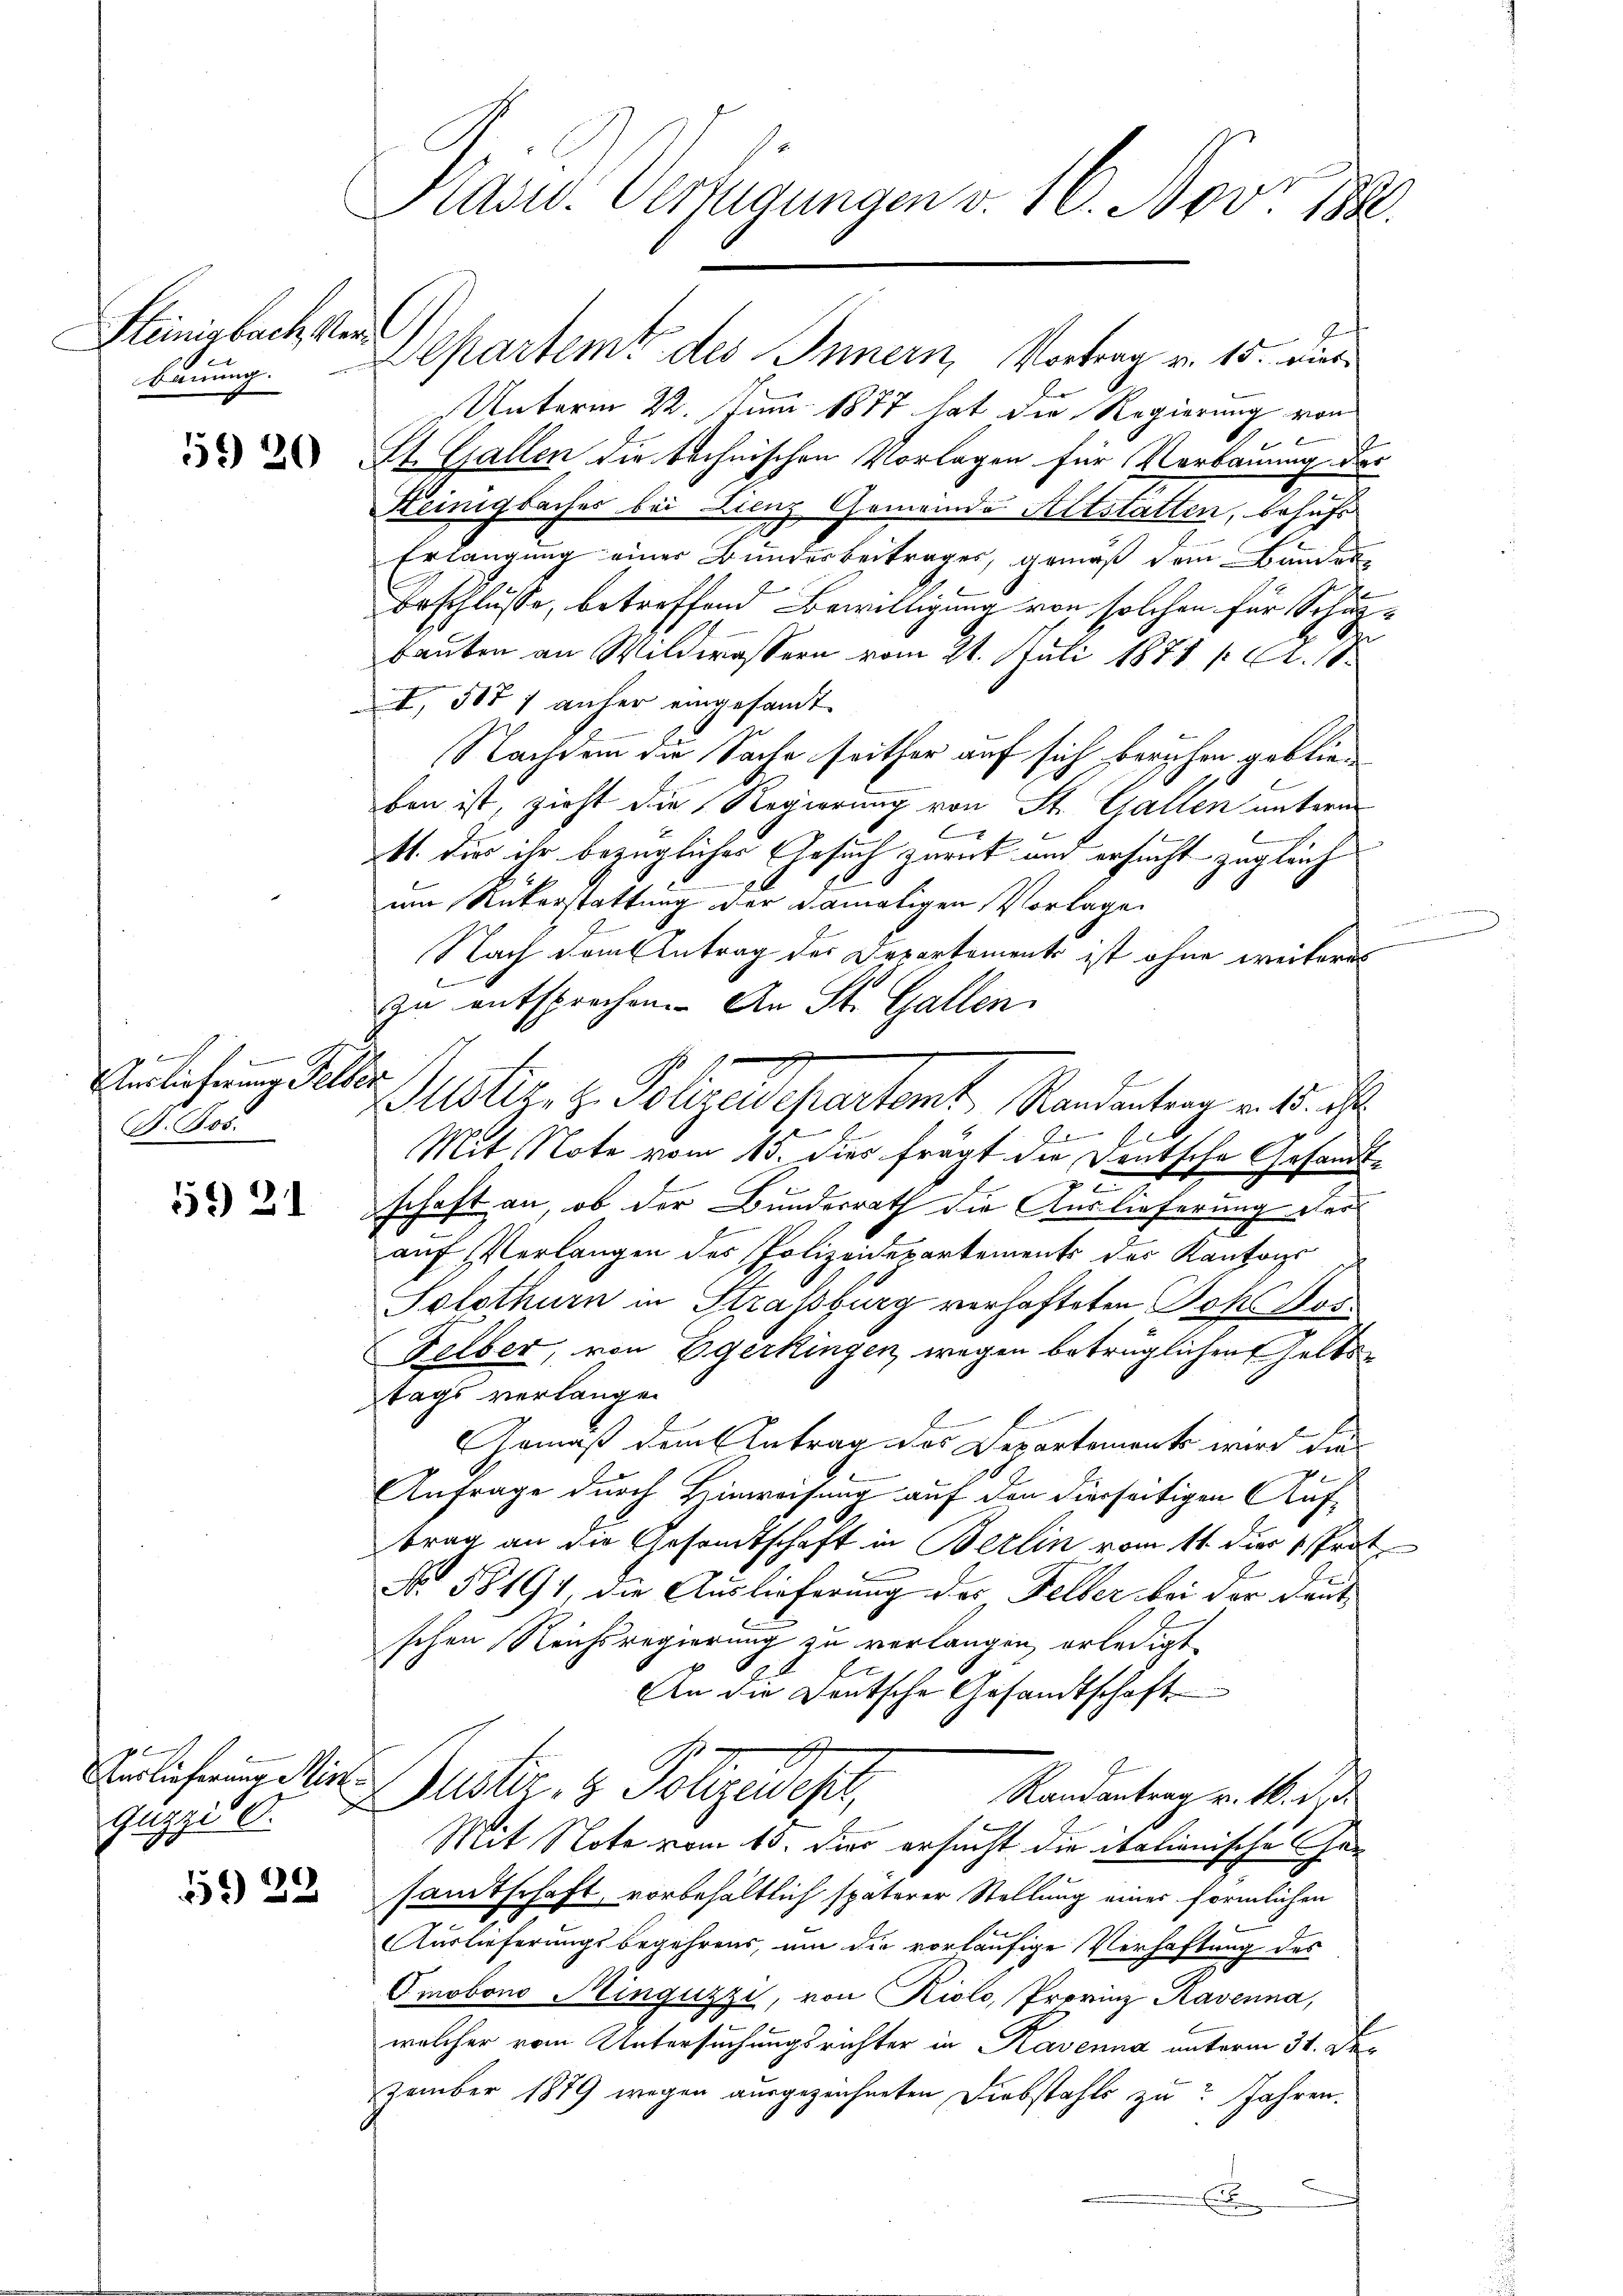
Steinisbach stande
bauung.

59 20

d
Auslieferung Gelder
D. Jos.

59 21

2
Guzzis 0.

553 30

Präsid. Verfügungen v. 16. Nov. 188

Departemt des Innern, Vortrag v. 15. Dies
Unterm 22. Juni 1877 hat die Regierung von
St. Gallen die technischen Vorlagen für Verbauung der
Keinigbaches bei Lienz Gemeinde Altstatten, behufs
Erlangung einer Bundesbeitrages, gemäß dem Banden
Beschlüsse, betreffend Bewilligung von solchen für Schutzbauten an Wildwassern vom 21. Juli 1878 / A. S.
I, 5071 anher eingesandt
Nachdem die Sache seither auf sich beruhen geblieben ist, zieht die Regierung von St. Gallen unterm
.
41. Dies ihr bezügliches Ersuch zurück und ersucht zugleich
xx
am Rükerstattung der damaligen Vorlage
Nach dem Antrag des Departements ist ohne weiteres
b
zu entsprochen. An St. Gallen.
Guster. z. Polyedepertont, Mandantrag v. 5. ist
b
l
Mit Note vom 15. dies frägt die Deutsche Gesandt¬
u
schaft an, ob der Bundesrath die Auslieferung der
auf Verlangen des Polizeidepartements der Kantons
Solothurn in Strassburg verhafteten Joksdos
Felber, von Egerkingen, wegen betrüglichen Geltstags verlangen
Gemäß dem Antrag des Departement wird die
h
Anfrage durch Hinweisung auf den hierseitigen Auf-
trag an die Gesandtschaft in Berlin vom 11. die 1. Prot.
No 58194, die Auslieferung der Felber bei der Dautschen Reichsregierung zu verlangen erledigt.
An die Deutsche Gesandtschaft
f
Auslieferung Mir Justiz- & Sohzeweht,
Randantrag v. M. d. d.
Mit Note vom 10. dies ersucht die italienische Gesamtschaft, vorbehältlich späterer Stellung einer förmlichen
Auslieferungsbegehrens, um die vorläufige Verhaftung des
Omobono Ainguzzi, von Riolo, Provinz Ravenna,
welcher vom Untersuchungsrichter in Ravenna unterm 31. Dezember 1879 wegen ausgezeichneten Diebstahls zu? Jahren.
E

en ein einen ein
.